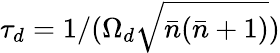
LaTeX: \tau_{d}=1/(\Omega_{d}\sqrt{\bar{n}(\bar{n}+1)})